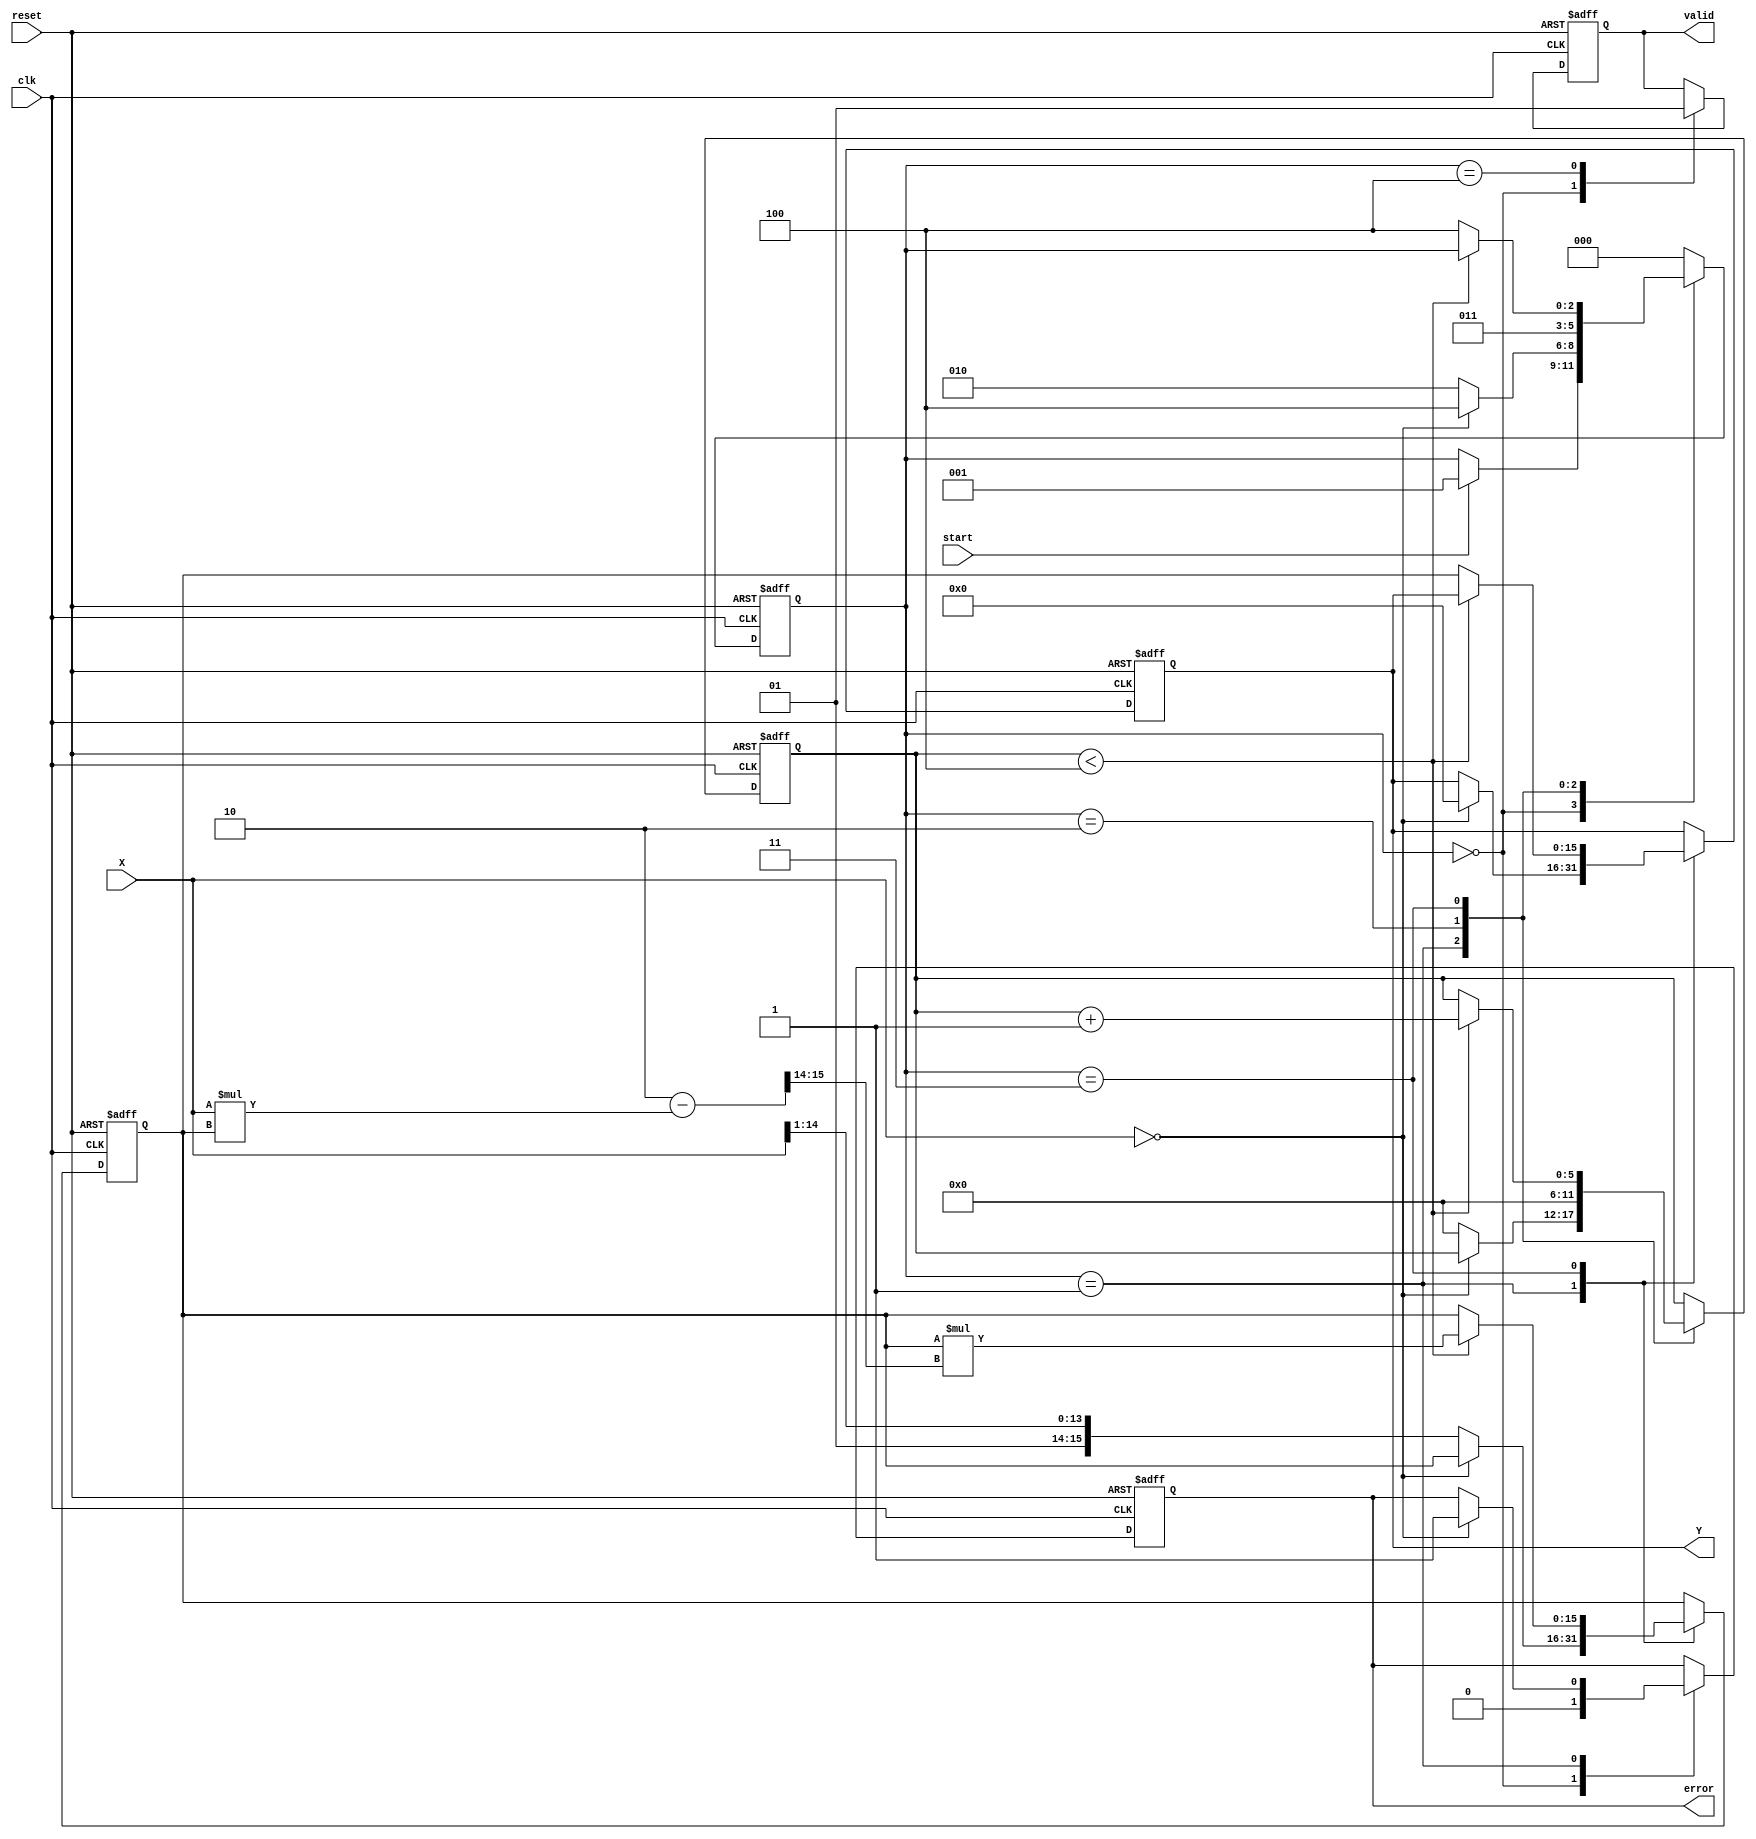
module DirectReciprocalUnit #(
    parameter WIDTH = 16 // Bit-width of the input and output data
)(
    input wire clk,
    input wire reset,
    input wire start,
    input wire [WIDTH-1:0] X, // Input Data
    output reg [WIDTH-1:0] Y, // Reciprocal Result
    output reg valid,          // Output Valid Signal
    output reg error          // Error Flag
);

    // Internal states
    reg [WIDTH-1:0] approx;  // Approximation of reciprocal
    reg [2:0] state;         // State for FSM
    reg [5:0] count;         // Counter for iterations

    localparam IDLE        = 3'b000;
    localparam CHECK_ZERO  = 3'b001;
    localparam CALC_START  = 3'b010;
    localparam CALC        = 3'b011;
    localparam OUTPUT       = 3'b100;

    always @(posedge clk or posedge reset) begin
        if (reset) begin
            Y <= 0;
            valid <= 0;
            error <= 0;
            state <= IDLE;
            count <= 0;
            approx <= 0;
        end else begin
            case (state)
                IDLE: begin
                    valid <= 0;
                    error <= 0;
                    if (start) begin
                        state <= CHECK_ZERO;
                    end
                end

                CHECK_ZERO: begin
                    if (X == 0) begin
                        error <= 1; // Division by zero error
                        Y <= 0;
                        state <= OUTPUT;
                    end else begin
                        approx <= {1'b1, X[WIDTH-2:1]}; // Initial approximation
                        count <= 0;
                        state <= CALC_START;
                    end
                end

                CALC_START: begin
                    count <= 0;
                    state <= CALC;
                end

                CALC: begin
                    if (count < 4) begin // Fixed number of iterations for Newton-Raphson
                        approx <= approx * (2'b10 - (X * approx) >> (WIDTH-2)); // Newton-Raphson iteration
                        count <= count + 1;
                    end else begin
                        Y <= approx;
                        state <= OUTPUT;
                    end
                end

                OUTPUT: begin
                    valid <= 1;
                    state <= IDLE; // Go back to IDLE after outputting
                end

                default: state <= IDLE;
            endcase
        end
    end
endmodule